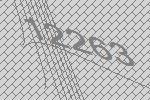
12263